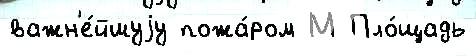
важн'е́йшуjу пожа́ром М Пло́щадь